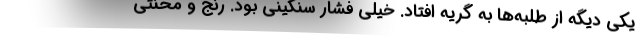
يكي ديگه از طلبه‌ها به گريه افتاد. خيلي فشار سنگيني بود. رنج و محنتي